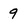
Character: 9